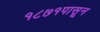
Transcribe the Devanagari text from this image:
१८७१पासून